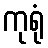
ကုရုံ